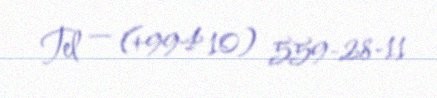
Tel — (+994 10) 559-28-11